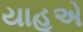
યાહૂએ